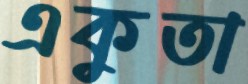
একুতা